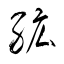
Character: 絋